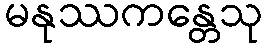
မနုဿကန္တေသု